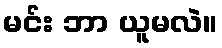
မင်း ဘာ ယူမလဲ။